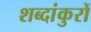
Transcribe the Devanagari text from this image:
शब्दांकुरों